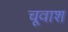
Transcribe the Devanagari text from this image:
चूवाश